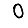
Digit: 0